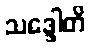
သဒ္ဒေါတိ